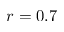
r = 0 . 7